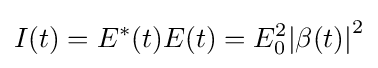
I(t)=E^{*}(t)E(t)=E_{0}^{2}{\left\vert \beta (t)\right\vert }^{2}